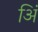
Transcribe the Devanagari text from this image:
अिं